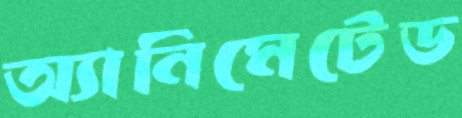
অ্যানিমেটেড